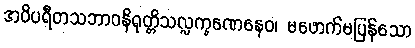
အဝိပရီတသဘာဝနိရုတ္တိသလ္လက္ခဏေနေဝ၊ မဖောက်မပြန်သော